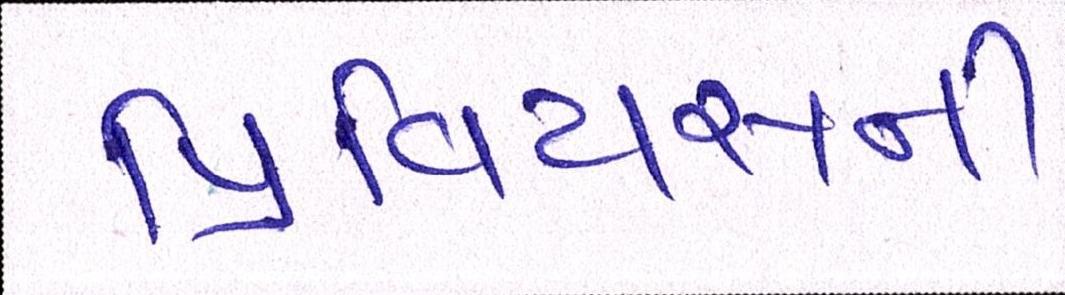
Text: પ્રિવિયસની